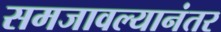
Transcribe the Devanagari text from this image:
समजावल्यानंतर